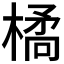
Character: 𭫜